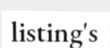
listing's